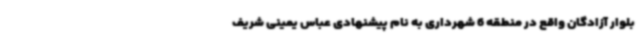
بلوار آزادگان واقع در منطقه 6 شهرداری به نام پیشنهادی عباس یمینی شریف